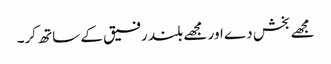
مجھے بخش دے اور مجھے بلند رفیق کے ساتھ کر۔